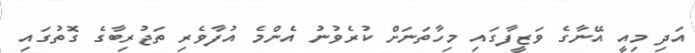
އަދި މިއީ އޭނާގެ ވަޒީފާގައި މިހާތަނަށް ކުރެވުނު އެންމެ އުފާވެރި ތަޖުރިބާގެ ގޮތުގައި